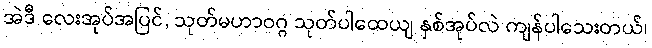
အဲဒီ လေးအုပ်အပြင်, သုတ်မဟာဝဂ္ဂ သုတ်ပါထေယျ နှစ်အုပ်လဲ ကျန်ပါသေးတယ်၊